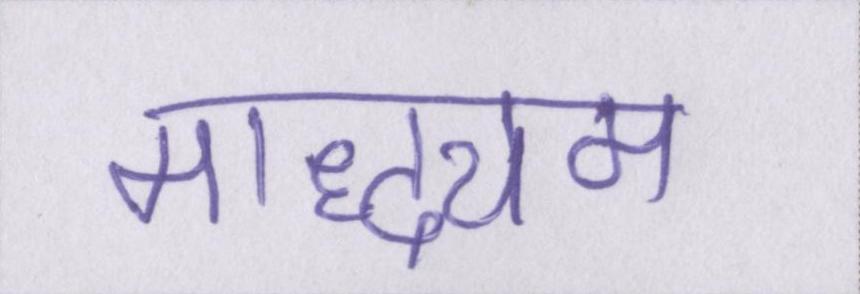
माद्ध्यम